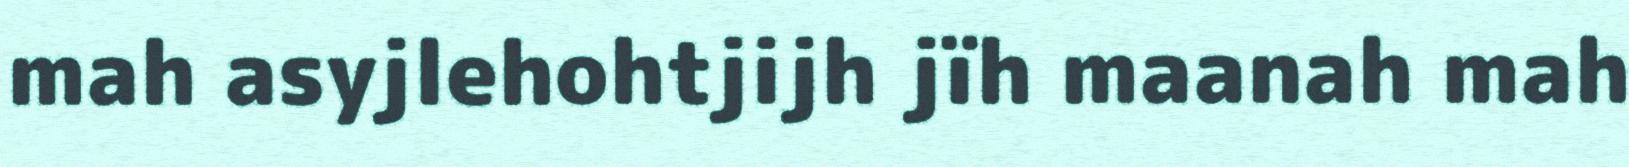
mah asyjlehohtjijh jïh maanah mah